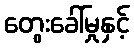
တွေးခေါ်မှုနှင့်